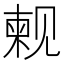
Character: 𫌫